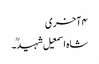
۴ آخری
شاہ اسمعیل شہیدؒ۔